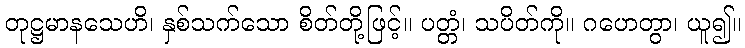
တုဋ္ဌမာနသေဟိ၊ နှစ်သက်သော စိတ်တို့ဖြင့်။ ပတ္တံ၊ သပိတ်ကို။ ဂဟေတွာ၊ ယူ၍။